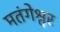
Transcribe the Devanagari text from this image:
मतंगेश्वर